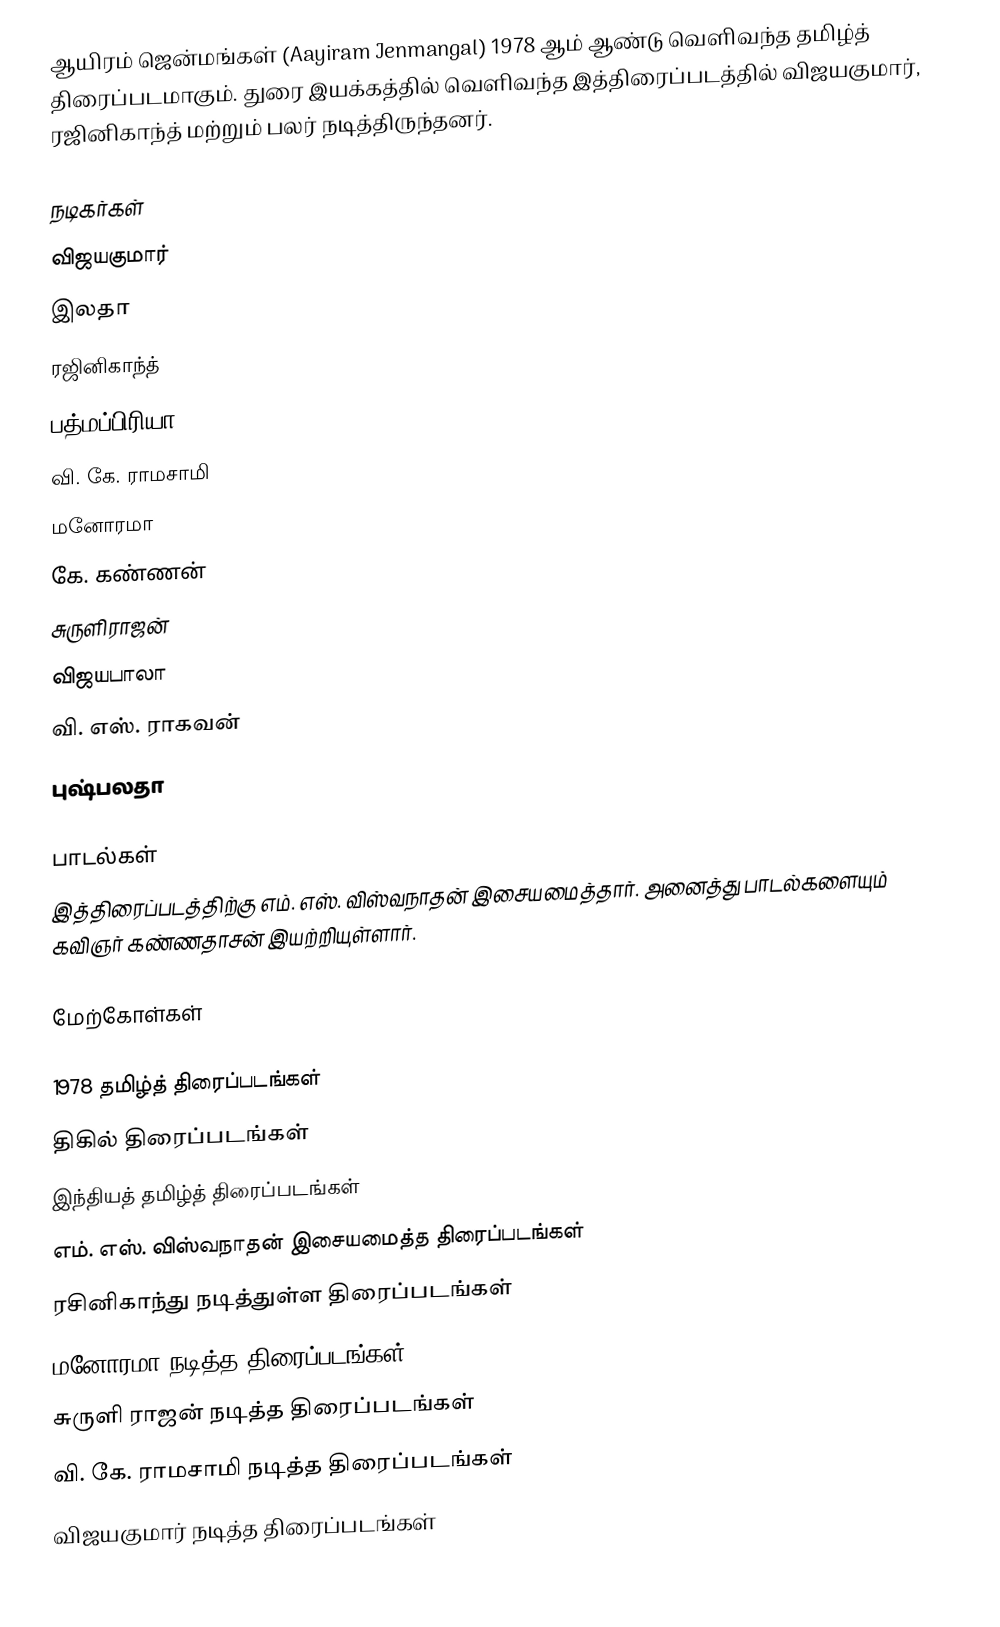
ஆயிரம் ஜென்மங்கள் (Aayiram Jenmangal) 1978 ஆம் ஆண்டு வெளிவந்த தமிழ்த் திரைப்படமாகும். துரை இயக்கத்தில் வெளிவந்த இத்திரைப்படத்தில் விஜயகுமார், ரஜினிகாந்த் மற்றும் பலர் நடித்திருந்தனர்.

நடிகர்கள்
 விஜயகுமார்
 இலதா
 ரஜினிகாந்த்
 பத்மப்பிரியா
 வி. கே. ராமசாமி
 மனோரமா
  கே. கண்ணன்
 சுருளிராஜன்
  விஜயபாலா
 வி. எஸ். ராகவன்
 புஷ்பலதா

பாடல்கள்
இத்திரைப்படத்திற்கு எம். எஸ். விஸ்வநாதன் இசையமைத்தார். அனைத்து பாடல்களையும் கவிஞர் கண்ணதாசன் இயற்றியுள்ளார்.

மேற்கோள்கள்

1978 தமிழ்த் திரைப்படங்கள்
திகில் திரைப்படங்கள்
இந்தியத் தமிழ்த் திரைப்படங்கள்
எம். எஸ். விஸ்வநாதன் இசையமைத்த திரைப்படங்கள்
ரசினிகாந்து நடித்துள்ள திரைப்படங்கள்
மனோரமா நடித்த திரைப்படங்கள்
சுருளி ராஜன் நடித்த திரைப்படங்கள்
வி. கே. ராமசாமி நடித்த திரைப்படங்கள்
விஜயகுமார் நடித்த திரைப்படங்கள்